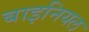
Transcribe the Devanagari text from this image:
बाइनियल